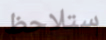
ستلاحظ